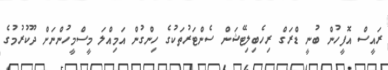
ރައީސް އޮފީހުން ބުނީ ޑްރަގް ރިހެބިލިޓޭޝަން ސެންޓަރުތަކުގެ ހިންގުން އަމިއްލަ މީސްމީހުންނަށް ދޫކުރުމުގެ